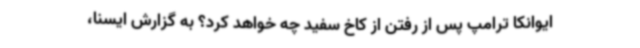
ایوانکا ترامپ پس از رفتن از کاخ سفید چه خواهد کرد؟ به گزارش ایسنا،